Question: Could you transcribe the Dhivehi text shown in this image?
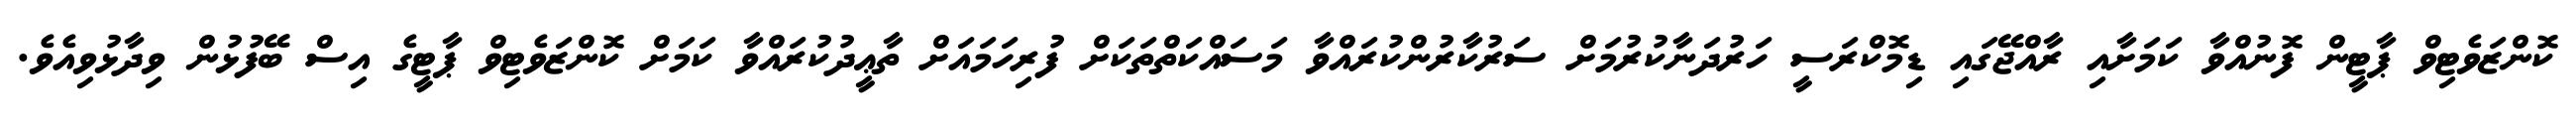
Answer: ކޮންޒަވެޓިވް ޕާޓީން ފޮނުއްވާ ކަމަށާއި ރާއްޖޭގައި ޑިމޮކްރަސީ ހަރުދަނާކުރުމަށް ސަރުކާރުންކުރައްވާ މަސައްކަތްތަކަށް ފުރިހަމައަށް ތާޢީދުކުރައްވާ ކަމަށް ކޮންޒަވެޓިވް ޕާޓީގެ އިސް ބޭފުޅުން ވިދާޅުވިއެވެ.